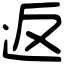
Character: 返